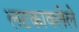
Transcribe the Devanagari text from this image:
लटकावलेले